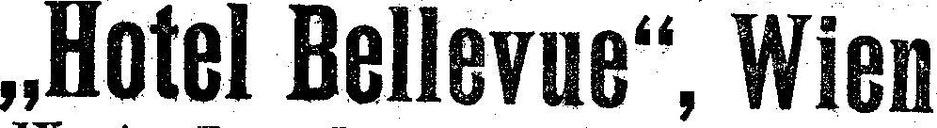
„Hotel Bellevue“, Wien